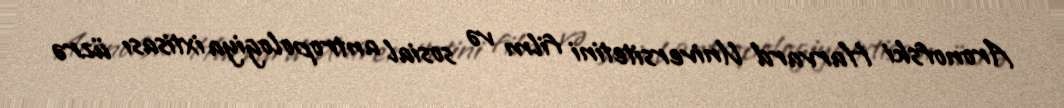
Aronofski Harvard Universitetini film və sosial antropologiya ixtisası üzrə